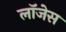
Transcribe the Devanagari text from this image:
लॉजेस